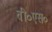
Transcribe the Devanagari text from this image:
वी०एस०